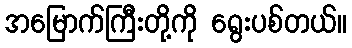
အမြောက်ကြီးတို့ကို ရွေးပစ်တယ်။